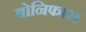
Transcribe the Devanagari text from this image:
बोनिफास